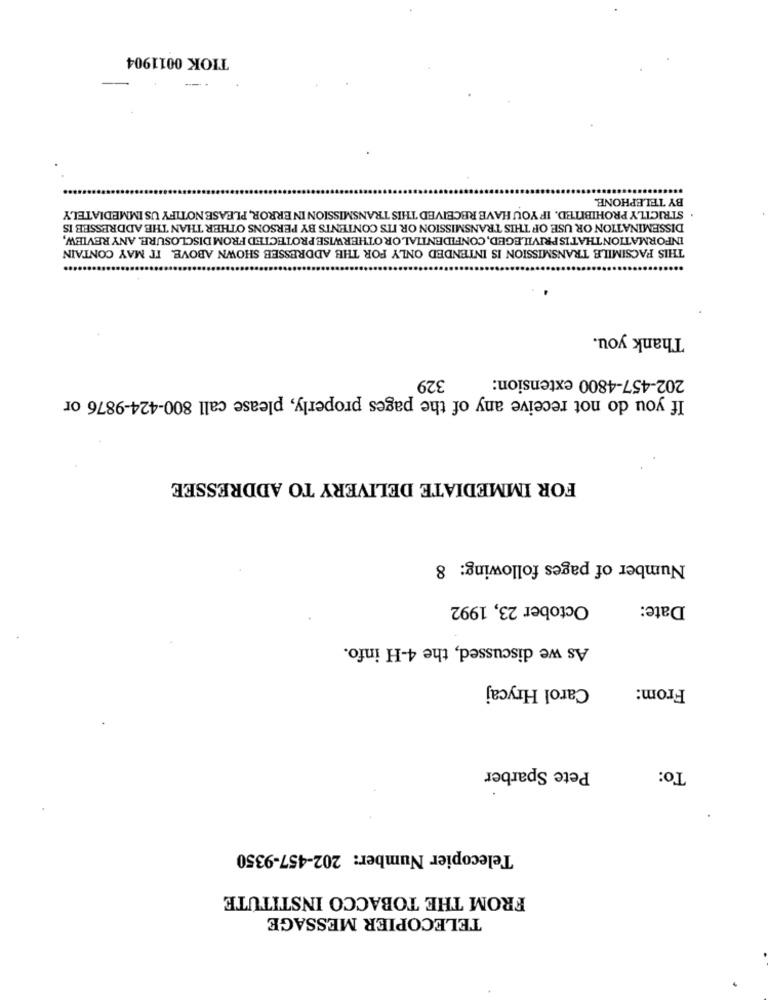
TIOK 0011904
-
BY TELEPHONE.
STRICTLY PROHIBITED. IF YOU HAVE RECEIVED THIS TRANSMISSION IN ERROR, PLEASE NOTIFY US IMMEDIATELY
DISSEMINATION OR USE OF THIS TRANSMISSION OR ITS CONTENTS BY PERSONS OTHER THAN THE ADDRESSEE IS
INFORMATIONTHATIS PRIVILEGED, CONFIDENTIAL OR OTHERWISE PROTECTED FROM DISCLOSURE. ANY REVIEW,
THIS FACSIMILE TRANSMISSION IS INTENDED ONLY FOR THE ADDRESSEE SHOWN ABOVE. IT MAY CONTAIN
...
Thank you.
329
202-457-4800 extension:
If you do not receive any of the pages properly, please call 800-424-9876 or
FOR IMMEDIATE DELIVERY TO ADDRESSEE
Number of pages following: 8
October 23, 1992
Date:
As we discussed, the 4-H info.
Carol Hrycaj
From:
Pete Sparber
To:
Telecopier Number: 202-457-9350
FROM THE TOBACCO INSTITUTE
TELECOPIER MESSAGE